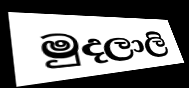
මුදලාලි